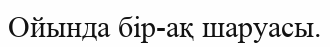
Ойында бір-ақ шаруасы.